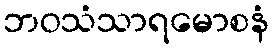
ဘဝသံသာရမောစနံ